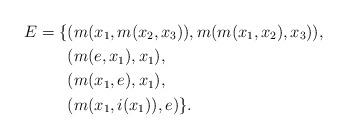
LaTeX: \begin{align*}E = \{ & (m(x_1, m(x_2,x_3)), m(m(x_1,x_2),x_3) ), \\& (m(e, x_1), x_1 ), \\& (m(x_1, e),x_1 ), \\& (m(x_1, i(x_1)), e) \}.\end{align*}